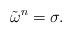
LaTeX: \begin{align*} \tilde{\omega}^{n} = \sigma.\end{align*}